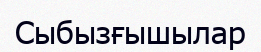
Сыбызғышылар